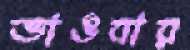
ভাঙবার